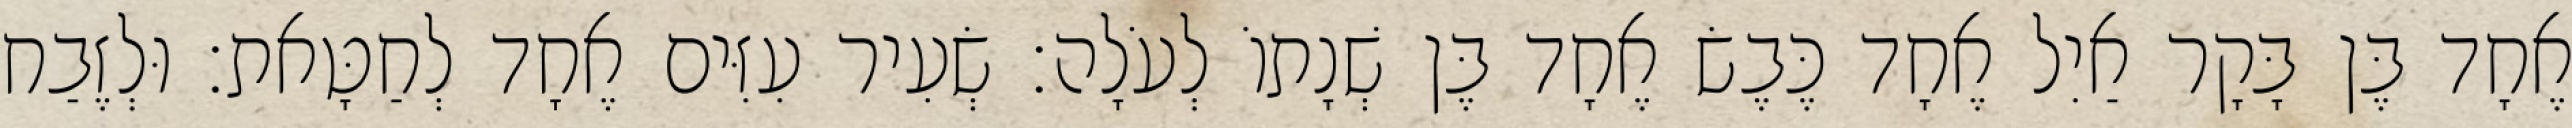
אֶחָד בֶּן בָּקָר אַיִל אֶחָד כֶּבֶשׂ אֶחָד בֶּן שְׁנָתוֹ לְעֹלָה׃ שְׂעִיר עִזִּים אֶחָד לְחַטָּאת׃ וּלְזֶבַח